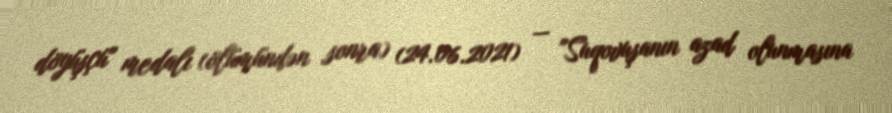
döyüşçü" medalı (ölümündən sonra) (24.06.2021) — "Suqovuşanın azad olunmasına